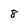
Character: 8